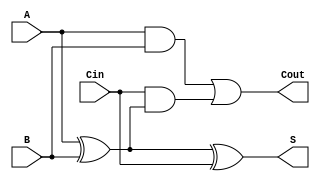
module low_power_full_adder (
    input wire A,     // First input bit
    input wire B,     // Second input bit
    input wire Cin,   // Carry input bit
    output wire S,    // Sum output
    output wire Cout   // Carry output
);

// Internal signals for intermediate calculations
wire A_xor_B; // Intermediate signal for A XOR B

// Calculate A XOR B
assign A_xor_B = A ^ B;

// Sum output: S = A XOR B XOR Cin
assign S = A_xor_B ^ Cin;

// Carry output: Cout = (A AND B) OR (Cin AND (A XOR B))
assign Cout = (A & B) | (Cin & A_xor_B);

endmodule